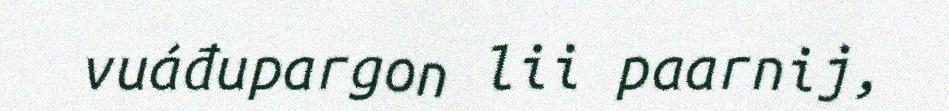
vuáđupargon lii paarnij,